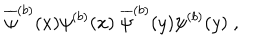
\overline { { { \psi } } } ^ { ( b ) } ( x ) \psi ^ { ( b ) } ( x ) \; \overline { { { \psi } } } ^ { ( b ) } ( y ) \psi ^ { ( b ) } ( y ) \; ,